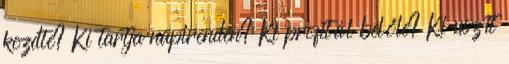
kezdte? Ki tartja napirenden? Ki profitál belőle? Ki uszít